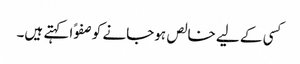
کسی کے لیے خالص ہوجانے کو صفوًا کہتے ہیں۔